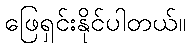
ဖြေရှင်းနိုင်ပါတယ်။